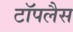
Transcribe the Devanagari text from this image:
टॉपलैस